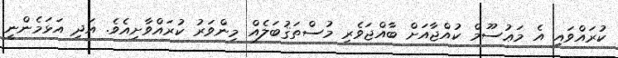
ކުރައްވައި އެ މަޢުސޫމް ކުއްޖާއަށް ބާއްޖަވެރި މުސްތަޤުބަލެއް މިންވަރު ކުރައްވާށިއެވެ. އަދި އަޅަމެންނީ